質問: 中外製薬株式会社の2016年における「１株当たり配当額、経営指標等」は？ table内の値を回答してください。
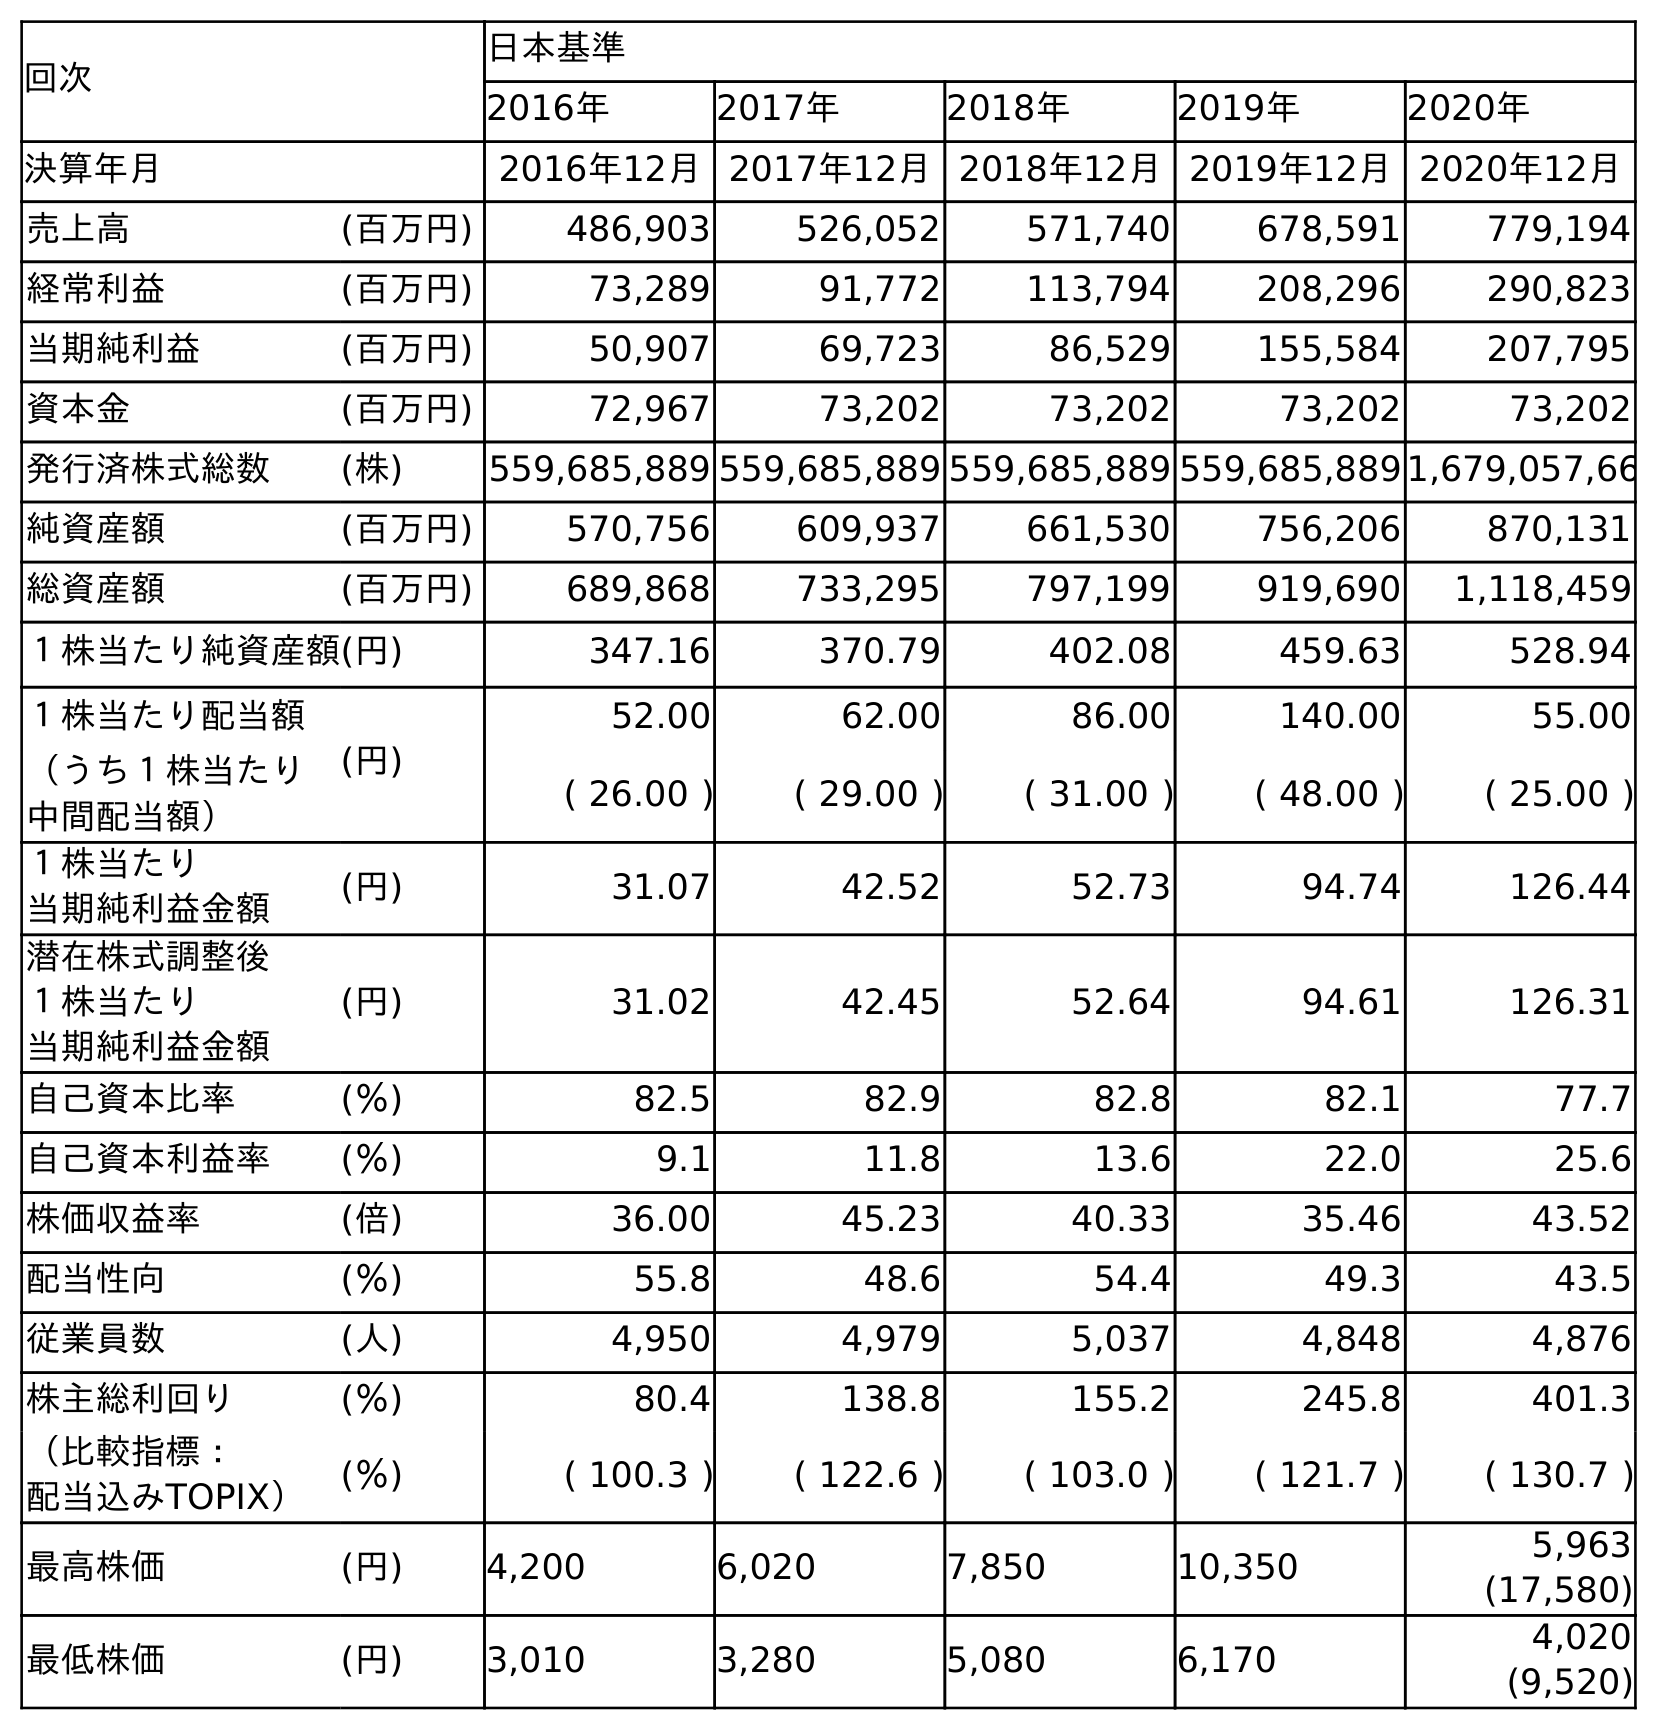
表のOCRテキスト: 回次 日本基準 2016年 2017年 2018年 2019年 2020年 決算年月 2016年12月2017年12月2018年12月2019年12月2020年12月 売上高 (百万円) 486,903 526,052 571,740 678,591 779,194 経常利益 (百万円) 73,289 91,772 113,794 208,296 290,823 当期純利益 (百万円) 50,907 69,723 86,529 155,584 207,795 資本金 (百万円) 72,967 73,202 73,202 73,202 73,202 発行済株式総数 (株) 559,685,889 559,685,889 559,685,889 559,685,8891,679,057,66 純資産額 (百万円) 570,756 609,937 661,530 756,206 870,131 総資産額 (百万円) 689,868 733,295 797,199 919,690 1,118,459 １株当たり純資産額(円) 347.16 370.79 402.08 459.63 528.94 １株当たり配当額 (円) 52.00 62.00 86.00 140.00 55.00 （うち１株当たり 中間配当額） ( 26.00 ) ( 29.00 ) ( 31.00 ) ( 48.00 ) ( 25.00 ) １株当たり 当期純利益金額 (円) 31.07 42.52 52.73 94.74 126.44 潜在株式調整後 １株当たり 当期純利益金額 (円) 31.02 42.45 52.64 94.61 126.31 自己資本比率 (％) 82.5 82.9 82.8 82.1 77.7 自己資本利益率 (％) 9.1 11.8 13.6 22.0 25.6 株価収益率 (倍) 36.00 45.23 40.33 35.46 43.52 配当性向 (％) 55.8 48.6 54.4 49.3 43.5 従業員数 (人) 4,950 4,979 5,037 4,848 4,876 株主総利回り (％) 80.4 138.8 155.2 245.8 401.3 （比較指標： 配当込みTOPIX） (％) ( 100.3 ) ( 122.6 ) ( 103.0 ) ( 121.7 ) ( 130.7 ) 最高株価 (円) 4,200 6,020 7,850 10,350 5,963 (17,580) 最低株価 (円) 3,010 3,280 5,080 6,170 4,020 (9,520)
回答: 52.00